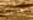
جوليت